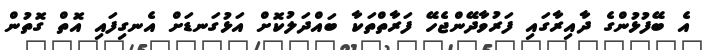
އެ ބޭފުޅުންގެ ދާއިރާގައި ފަރުވާދޭންޖެހޭ ފަރާތްތަކާ ބައްދަލުކޮށް އަޅުގަނޑަށް އެނގިފައި އޮތް ގޮތުން